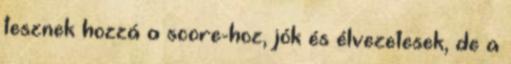
tesznek hozzá a score-hoz, jók és élvezetesek, de a